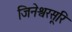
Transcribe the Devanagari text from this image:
जिनेश्वरसूरि